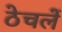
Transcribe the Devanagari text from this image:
ठेचलें